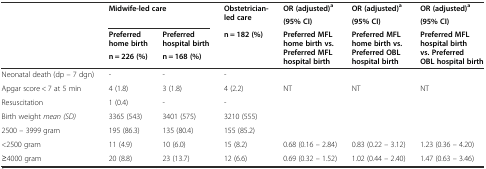
<table><thead><tr><td rowspan="2"></td><td rowspan="2" colspan="2"><b>Midwife-led care</b></td><td rowspan="2"><b>Obstetrician-led care</b></td><td><b>OR (adjusted)<sup>a</sup></b></td><td><b>OR (adjusted)<sup>a</sup></b></td><td><b>OR (adjusted)<sup>a</sup></b></td></tr><tr><td><b>(95% CI)</b></td><td><b>(95% CI)</b></td><td><b>(95% CI)</b></td></tr><tr><td rowspan="2"></td><td><b>Preferred home birth</b></td><td><b>Preferred hospital birth</b></td><td rowspan="2"><b>n = 182 (%)</b></td><td rowspan="2"><b>Preferred MFL home birth vs. Preferred MFL hospital birth</b></td><td rowspan="2"><b>Preferred MFL home birth vs. Preferred OBL hospital birth</b></td><td rowspan="2"><b>Preferred MFL hospital birth vs. Preferred OBL hospital birth</b></td></tr><tr><td><b>n = 226 (%)</b></td><td><b>n = 168 (%)</b></td></tr></thead><tbody><tr><td>Neonatal death (dp – 7 dgn)</td><td>-</td><td>-</td><td>-</td><td></td><td></td><td></td></tr><tr><td>Apgar score &lt; 7 at 5 min</td><td>4 (1.8)</td><td>3 (1.8)</td><td>4 (2.2)</td><td>NT</td><td>NT</td><td>NT</td></tr><tr><td>Resuscitation</td><td>1 (0.4)</td><td>-</td><td>-</td><td></td><td></td><td></td></tr><tr><td>Birth weight <i>mean (SD)</i></td><td>3365 (543)</td><td>3401 (575)</td><td>3210 (555)</td><td></td><td></td><td></td></tr><tr><td>2500 – 3999 gram</td><td>195 (86.3)</td><td>135 (80.4)</td><td>155 (85.2)</td><td></td><td></td><td></td></tr><tr><td>&lt;2500 gram</td><td>11 (4.9)</td><td>10 (6.0)</td><td>15 (8.2)</td><td>0.68 (0.16 – 2.84)</td><td>0.83 (0.22 – 3.12)</td><td>1.23 (0.36 – 4.20)</td></tr><tr><td>≥4000 gram</td><td>20 (8.8)</td><td>23 (13.7)</td><td>12 (6.6)</td><td>0.69 (0.32 – 1.52)</td><td>1.02 (0.44 – 2.40)</td><td>1.47 (0.63 – 3.46)</td></tr></tbody></table>